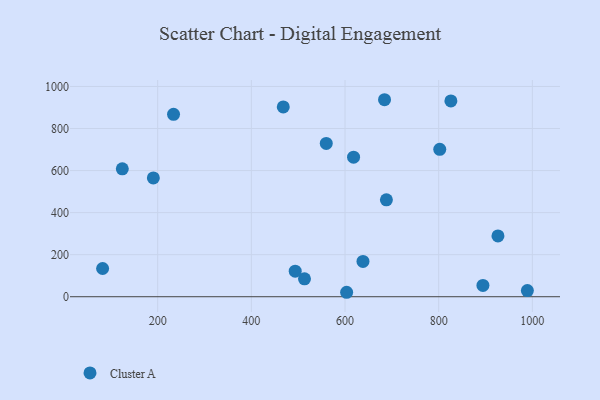
{"axis": {"x": "Investment", "y": "Profit"}, "legend": ["Cluster A"], "data": [{"x": "894.5", "y": 54.0, "type": "Cluster A"}, {"x": "233.9", "y": 867.3, "type": "Cluster A"}, {"x": "513.5", "y": 85.1, "type": "Cluster A"}, {"x": "989.4", "y": 29.4, "type": "Cluster A"}, {"x": "560.0", "y": 729.3, "type": "Cluster A"}, {"x": "493.7", "y": 121.5, "type": "Cluster A"}, {"x": "603.5", "y": 21.2, "type": "Cluster A"}, {"x": "190.8", "y": 565.2, "type": "Cluster A"}, {"x": "802.3", "y": 701.1, "type": "Cluster A"}, {"x": "926.6", "y": 289.1, "type": "Cluster A"}, {"x": "618.3", "y": 663.7, "type": "Cluster A"}, {"x": "82.5", "y": 134.3, "type": "Cluster A"}, {"x": "468.2", "y": 902.6, "type": "Cluster A"}, {"x": "124.5", "y": 608.5, "type": "Cluster A"}, {"x": "638.4", "y": 167.9, "type": "Cluster A"}, {"x": "684.4", "y": 936.9, "type": "Cluster A"}, {"x": "826.1", "y": 931.1, "type": "Cluster A"}, {"x": "688.4", "y": 460.7, "type": "Cluster A"}]}